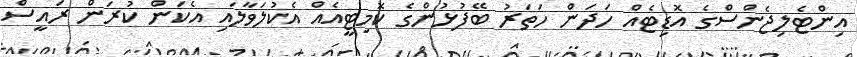
އިންޓެލިޖެންސްގެ އޮޑިޓެއް ހަދަން ހަތަރު ބޭފުޅުންގެ ކޮމިޓީއެއް އެކުލަވާލައި އެކަން ކުރަން ރައީސް